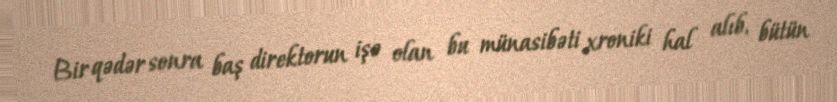
Bir qədər sonra baş direktorun işə olan bu münasibəti xroniki hal alıb, bütün